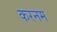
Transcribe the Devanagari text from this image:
करनम